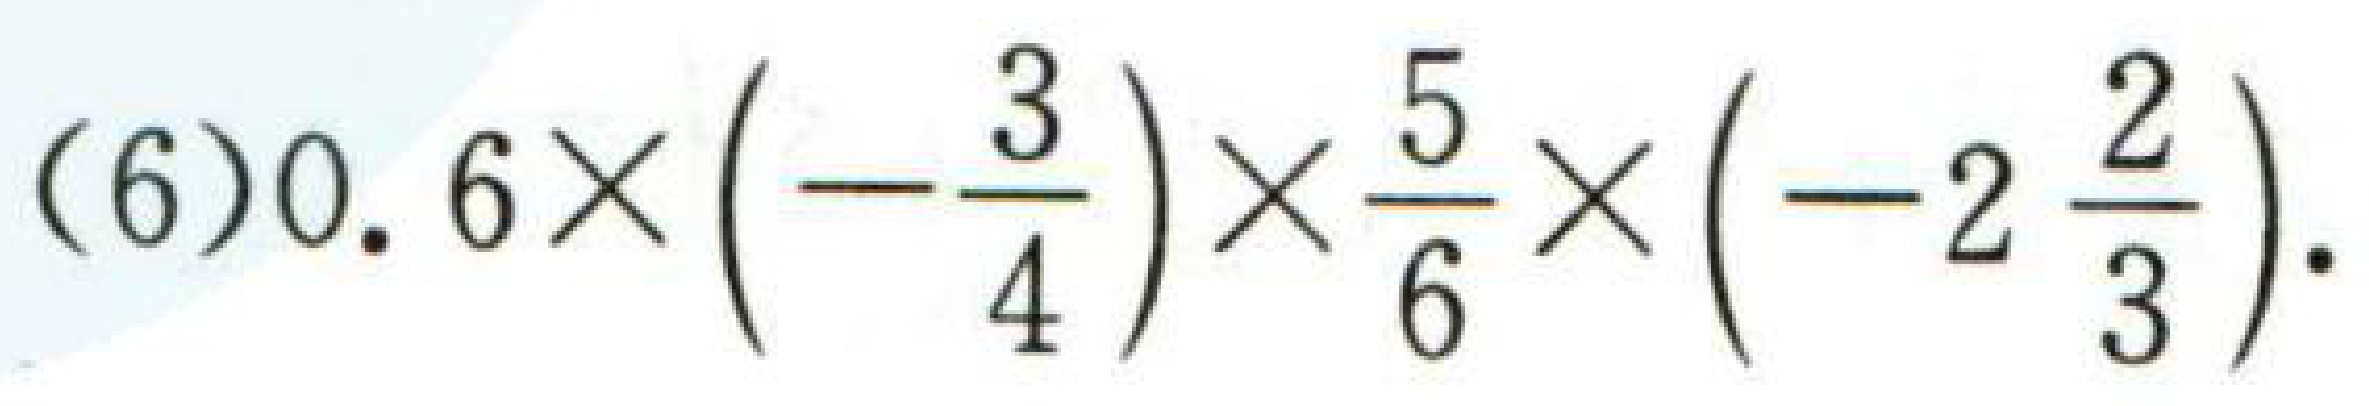
$(6)0.6\times\left(-\dfrac{3}{4}\right)\times\dfrac{5}{6}\times\left(-2\dfrac{2}{3}\right).$